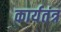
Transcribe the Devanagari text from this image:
कार्यतंत्र